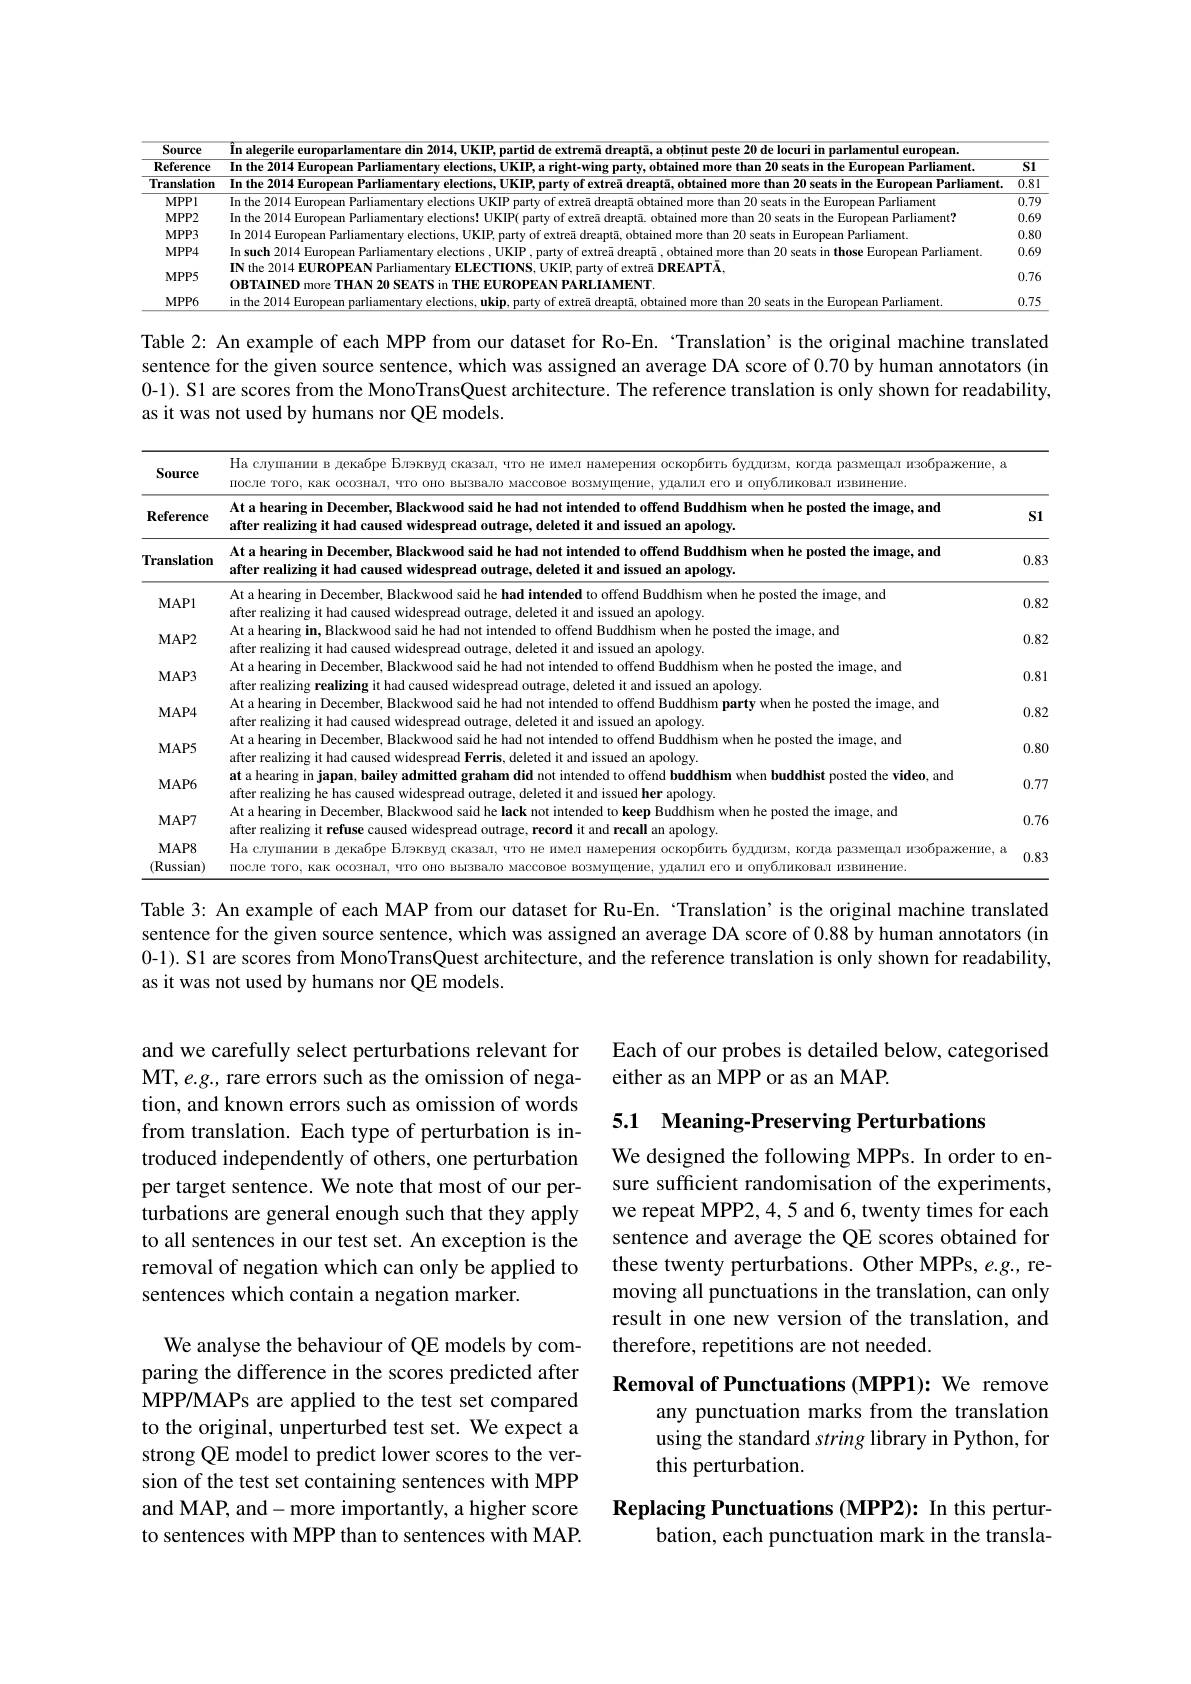
<table>
	<tbody>
		<tr>
			<th>Source</th>
			<th colspan="2">mentul europeam</th>
		</tr>
		<tr>
			<th>Reference</th>
			<th>European Parliament</th>
			<th>$\overline{S1}$</th>
		</tr>
		<tr>
			<td>Translation</td>
			<td>European Parliament</td>
			<td>$\overline{0.81}$</td>
		</tr>
		<tr>
			<td>MPPl</td>
			<td>an Parliament</td>
			<td>0.79</td>
		</tr>
		<tr>
			<td>$MPP2$</td>
			<td>0 seats in the Furonean Parliament</td>
			<td>0.69</td>
		</tr>
		<tr>
			<td>$MPP3$</td>
			<td>uropean Parliament</td>
			<td>0.80</td>
		</tr>
		<tr>
			<td>$MPP4$</td>
			<td>in such 2014 European Parliamentary elections , UKIP $\lor$of extreā dreaptā ,obtained more than 20 seats in those European Parliament</td>
			<td>0.69</td>
		</tr>
		<tr>
			<td>$MPP5$</td>
			<td>${\mathrm{~Parliamentary~ELECI}}$ $.U\mathbf{NIP}$,party or extrea DKEAPIA $(AMHN)$</td>
			<td>0.76</td>
		</tr>
		<tr>
			<td>$\mathbf{MPP6}$</td>
			<td>an Parliamen</td>
			<td>0.75</td>
		</tr>
	</tbody>
</table>

Table 2: An example of each MPP from our dataset for Ro-En. ‘Translation’is the original machine translated sentence for the given source sentence, which was assigned an average DA score of 0.70 by human annotators (in 0-1). S1 are scores from the MonoTransQuest architecture. The reference translation is only shown for readability, as it was not used by humans nor QE models.

<table>
	<tbody>
		<tr>
			<th>Source</th>
			<th colspan="2">На слушании в декабре Блэквуд сказал, $\textbf{I HaMepeHMS}$ буддизм, когда размещал изображение, a mocле того, как осознал, $4TO$ $0HO$ $e\Gamma O$ опуоликовал извинение</th>
		</tr>
		<tr>
			<th>$\mathbf{Reference}$</th>
			<th>At a hearing in December, Blackwood l to offend Buddhism when he posted the image, and fter realizing it had sed widespre deleted ${\mathbf{apology}}$</th>
			<th>S1</th>
		</tr>
		<tr>
			<td>Translation</td>
			<td>At a hearing in December, Blackwooo l to offend Buddhism when he posted the image, and fter realizing it had sed wides deleted ${\mathbf{apology}}$</td>
			<td>0.83</td>
		</tr>
		<tr>
			<td>$MAP1$</td>
			<td>At a hearing in December, Blackwood said he P had intended to offend Buddhism when he posted the image, and</td>
			<td>0.82</td>
		</tr>
		<tr>
			<td>$MAP2$</td>
			<td>At a hearing in, Blackwood said he had not intended to offend Buddhism when he posted the image, and fter realizing it had caused widespread outrage, ,deleted it and issued an apology.</td>
			<td>0.82</td>
		</tr>
		<tr>
			<td>$MAP3$</td>
			<td>At a hearing in December, P Blackwood said he had t intended to offend Buddhism when he posted the image, and fter realizing</td>
			<td>0.81</td>
		</tr>
		<tr>
			<td>$\mathbf{MAP4}$</td>
			<td>At a hearing in December, Blackwood said he h had not intended to offend Buddhism party when he posted the image, and fter realizing it had Wide</td>
			<td>0.82</td>
		</tr>
		<tr>
			<td>$\mathbf{MAP5}$</td>
			<td>At a hearing in December, Blackwood said he had not intended to offend Buddhism when he posted the image, and fter realizing it had c ed widesprea ad Ferris deleted it</td>
			<td>0.80</td>
		</tr>
		<tr>
			<td>$MAP6$</td>
			<td>$\textbf{t a hearing in japan, bailey admitted}$ did not intended to offend buddhism when buddhist posted the video, and fte ealizing</td>
			<td>0.77</td>
		</tr>
		<tr>
			<td>$\mathbf{MAP7}$</td>
			<td>At a hearing in December, Blackwood said he Iack not intended to keep Buddhism when he posted the image, and fter realizing it refuse ed widespread</td>
			<td>0.76</td>
		</tr>
		<tr>
			<td>$\mathbf{MAP8}$ (Russian)</td>
			<td>$\operatorname{Ia}$слушании в, ${\mathrm{~pa3}}$мещал изображение, a</td>
			<td>0.83</td>
		</tr>
	</tbody>
</table>

Table 3: An example of each MAP from our dataset for Ru-En. ‘Translation’is the original machine translated sentence for the given source sentence, which was assigned an average DA score of 0.88 by human annotators (in 0-1). S1 are scores from MonoTransQuest architecture, and the reference translation is only shown for readability, as it was not used by humans nor QE models.

Each of our probes is detailed below, categorised
either as an MPP or as an MAP.

# 5.1 Meaning-Preserving Perturbations

and we carefully select perturbations relevant for MT, e.g., rare errors such as the omission of negation, and known errors such as omission of words from translation. Each type of perturbation is introduced independently of others, one perturbation per target sentence. We note that most of our perturbations are general enough such that they apply to all sentences in our test set. An exception is the removal of negation which can only be applied to sentences which contain a negation marker.

We designed the following MPPs. In order to ensure sufficient randomisation of the experiments, we repeat MPP2,4,5 and 6, twenty times for each sentence and average the QE scores obtained for these twenty perturbations. Other MPPs, e.g., removing all punctuations in the translation, can only result in one new version of the translation, and therefore, repetitions are not needed.

Removal of Punctuations (MPP1): We remove
any punctuation marks from the translation using the standard string library in Python, for this perturbation.

We analyse the behaviour of QE models by comparing the difference in the scores predicted after MPP/MAPs are applied to the test set compared to the original, unperturbed test set. We expect a strong QE model to predict lower scores to the version of the test set containing sentences with MPP and MAP, and- more importantly, a higher score to sentences with MPP than to sentences with MAP.

Replacing Punctuations (MPP2): In this pertur-
bation, each punctuation mark in the transla-